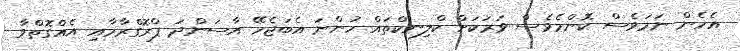
އެހެން ނަމަވެސް ކޮންމެވެސް ވަރަކަށް ކްލިނކްތައް ހުންނަ އެބަޖެހޭ އާސަންދަ ޕްރޮގްރާމާއި އެއްގޮތްވާ